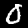
Label: 0